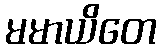
မမာယိတေ